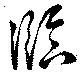
臨